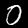
Label: 0